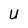
Character: U